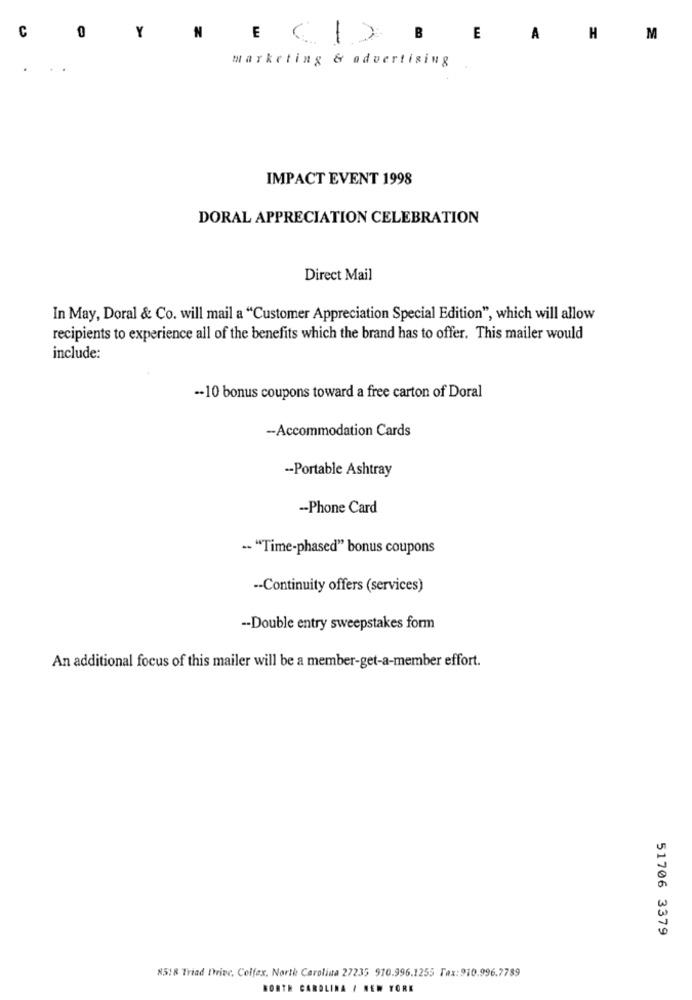
0
C
Y
N
E (1) B
E
A
H
M
marketing & advertising
IMPACT EVENT 1998
DORAL APPRECIATION CELEBRATION
Direct Mail
In May, Doral & Co. will mail a "Customer Appreciation Special Edition", which will allow
recipients to experience all of the benefits which the brand has to offer. This mailer would
include:
-- 10 bonus coupons toward a free carton of Doral
-Accommodation Cards
-- Portable Ashtray
-Phone Card
-- "Time-phased" bonus coupons
-- Continuity offers (services)
-- Double entry sweepstakes form
An additional focus of this mailer will be a member-get-a-member effort.
51706 3379
N518 Triad Drive, Colfex, North Carolina 27235 910.996.1255 Fax: 910.996.7789
NORTH CAROLINA / NEW YORK